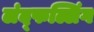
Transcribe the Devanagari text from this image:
लंद्फल्लिंग